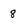
Character: 8